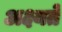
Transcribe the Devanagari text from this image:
अक्ष्यते